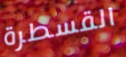
القسطرة